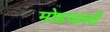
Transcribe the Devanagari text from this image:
मोहयालों